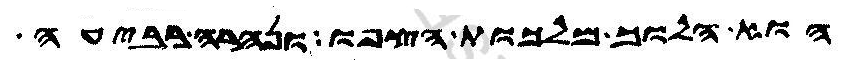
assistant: הוא הלוך מלכות הצפו ונהרה רביעה